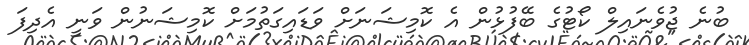
ބުނެ ޖުވެނައިލް ކޯޓުގެ ބޭފުޅުން އެ ކޮމިޝަނަށް ވަޑައިގަތުމަށް ކޮމިޝަނުން ވަނީ އެދިފަ